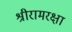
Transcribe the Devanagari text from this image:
श्रीरामरक्षा